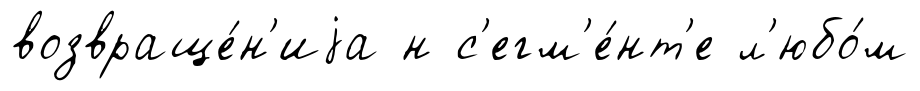
возвраще́н'иjа н с'егм'е́нт'е л'юбо́м